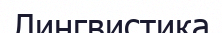
Лингвистика